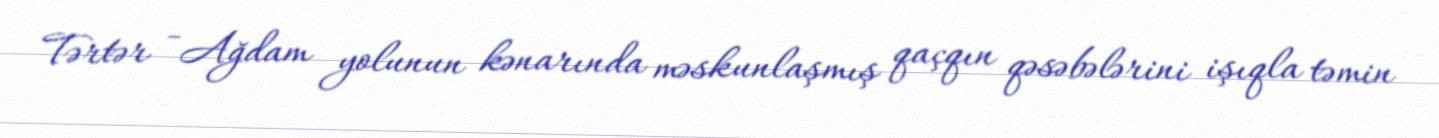
Tərtər - Ağdam yolunun kənarında məskunlaşmış qaçqın qəsəbələrini işıqla təmin